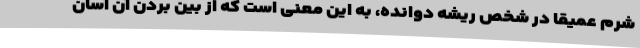
شرم عمیقاً در شخص ریشه دوانده، به این معنی است که از بین بردن آن آسان